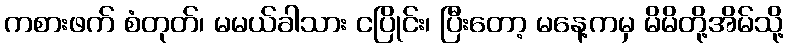
ကစားဖက် စံတုတ်၊ မမယ်ခါသား ငပြိုင်း၊ ပြီးတော့ မနေ့ကမှ မိမိတို့အိမ်သို့